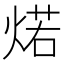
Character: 𰞾